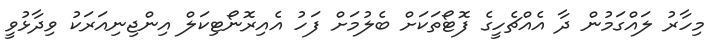
މިހާރު ލައްގަމުން ދާ އެއްޗެހީގެ ފޮޓޯތަކަށް ބެލުމަށް ފަހު އެއިރޮނޯޓިކަލް އިންޖިނިއަރަކު ވިދާޅުވީ